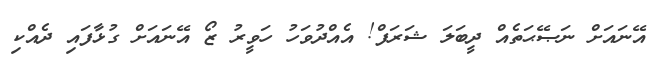
އޭނައަށް ނަޞޭޙަތެއް ދީބަލަ ޝަރަފް! އެއްދުވަހު ހަވީރު ޒޯ އޭނައަށް ގުޅާފައި ދެއްކި